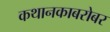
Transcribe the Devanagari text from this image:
कथानकाबरोबर